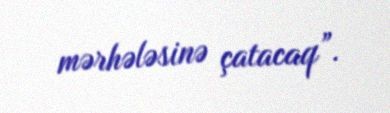
mərhələsinə çatacaq”.